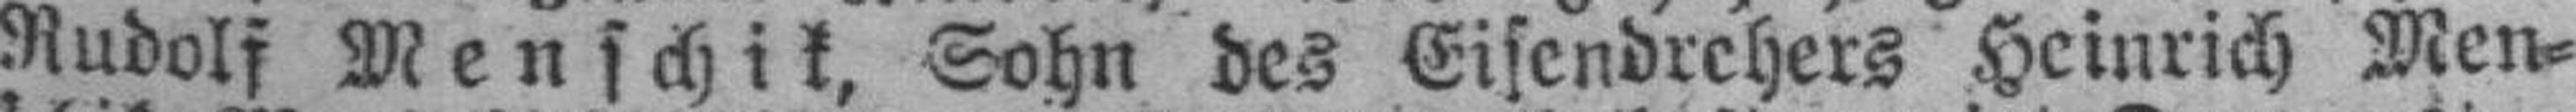
Rudolf Menschik, Sohn des Eisendrehers Heinrich Men¬